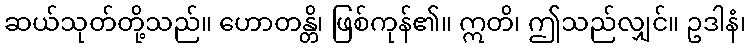
ဆယ်သုတ်တို့သည်။ ဟောတန္တိ၊ ဖြစ်ကုန်၏။ ဣတိ၊ ဤသည်လျှင်။ ဥဒါနံ၊